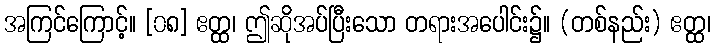
အကြင်ကြောင့်။ [၀၈] ဧတ္ထ၊ ဤဆိုအပ်ပြီးသော တရားအပေါင်း၌။ (တစ်နည်း) ဧတ္ထ၊